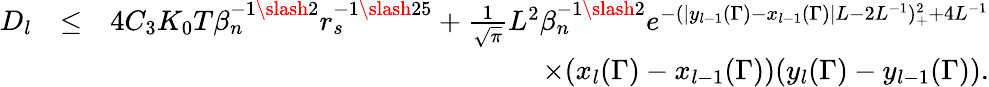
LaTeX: \begin{array}{rlr}{D_{l}}&{\leq}&{4C_{3}K_{0}T\beta_{n}^{-1\slash 2}r_{s}^{-1\slash 25}+\frac{1}{\sqrt{\pi}}L^{2}\beta_{n}^{-1\slash 2}e^{-(|y_{l-1}(\Gamma)-x_{l-1}(\Gamma)|L-2L^{-1})_{+}^{2}+4L^{-1}}}\\ &{}&{\quad\quad\quad\quad\quad\quad\quad\quad\quad\quad\times(x_{l}(\Gamma)-x_{l-1}(\Gamma))(y_{l}(\Gamma)-y_{l-1}(\Gamma)).}\end{array}